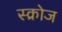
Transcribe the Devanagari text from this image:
स्क्रोज